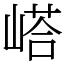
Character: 㟷